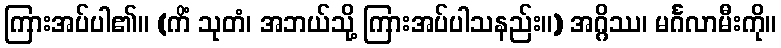
ကြားအပ်ပါ၏။ (ကိံ သုတံ၊ အဘယ်သို့ ကြားအပ်ပါသနည်း။) အဂ္ဂိဿ၊ မင်္ဂလာမီးကို။